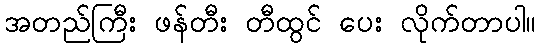
အတည်ကြီး ဖန်တီး တီထွင် ပေး လိုက်တာပါ။